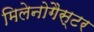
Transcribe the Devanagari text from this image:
मिलेनोगैस्टर